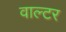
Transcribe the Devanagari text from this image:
वाल्‍टर